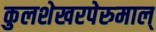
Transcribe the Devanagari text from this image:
कुलशेखरपेरुमाल्